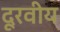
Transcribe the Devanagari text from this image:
दूरवीय